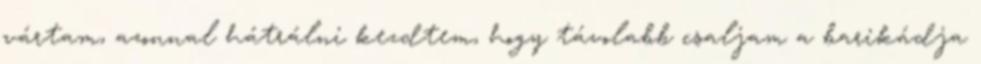
vártam, azonnal hátrálni kezdtem, hogy távolabb csaljam a barikádja